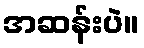
အဆန်းပဲ။